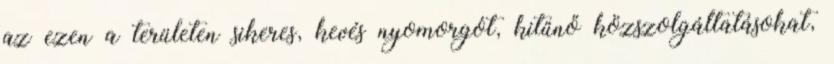
az ezen a területen sikeres, kevés nyomorgót, kitűnő közszolgáltatásokat,